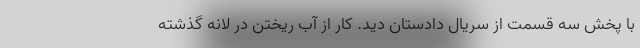
با پخش سه قسمت از سریال دادستان دید. کار از آب ریختن در لانه گذشته